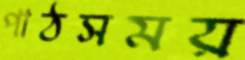
পাঠসময়